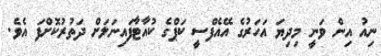
ނިއު އިން ވަނީ މިދިޔަ އަހަރުގެ އޭއެފްސީ ކަޕްގެ ކުއާޓާފައިނަލަށް ދަތުރުކޮށްފަ އެވެ.